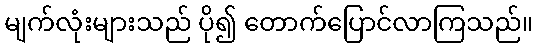
မျက်လုံးများသည် ပို၍ တောက်ပြောင်လာကြသည်။